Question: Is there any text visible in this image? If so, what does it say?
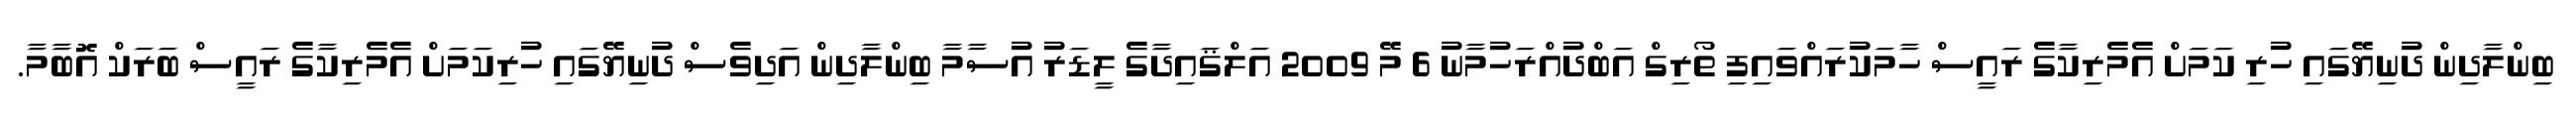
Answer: ބިންލާދިން ދުނިޔޭގައި ހުރި ކަމަށް އެމެރިކާގެ ރައީސް ހާމަކުރައްވައިފި ތޯރިގް އަބްދުއްރަހުމާނު 6 މޭ 2009 އަލްޤައިދާގެ ލީޑަރު އުސާމާ ބިންލާދިން އަދިވެސް ދުނިޔޭގައި ހުރިކަމަށް އެމެރިކާގެ ރައީސް ބަރަކް އޮބާމާ.